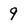
Character: 9